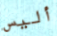
أليس